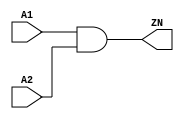
module AND2_X4 (A1, A2, ZN);
  input A1;
  input A2;
  output ZN;
  and(ZN, A1, A2);
  specify
    (A1 => ZN) = (0.1, 0.1);
    (A2 => ZN) = (0.1, 0.1);
  endspecify
endmodule